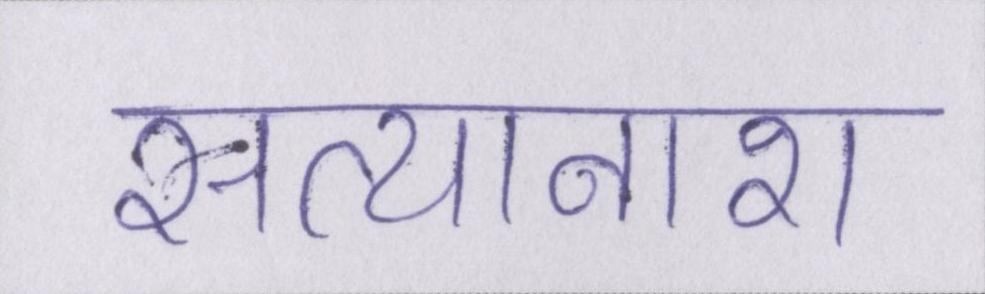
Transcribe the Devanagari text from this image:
सत्यानाश